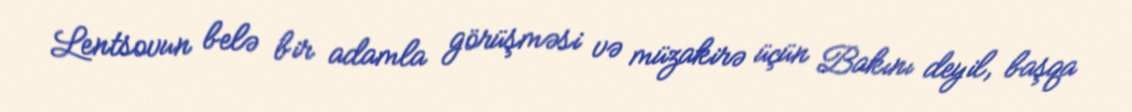
Lentsovun belə bir adamla görüşməsi və müzakirə üçün Bakını deyil, başqa